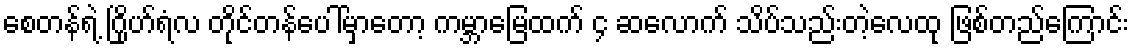
စေတန်ရဲ့ ဂြိုဟ်ရံလ တိုင်တန်ပေါ်မှာတော့ ကမ္ဘာမြေထက် ၄ ဆလောက် သိပ်သည်းတဲ့လေထု ဖြစ်တည်ကြောင်း